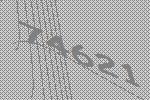
74621